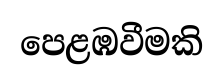
පෙළඹවීමකි